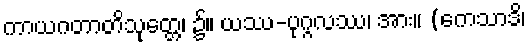
ကာယဂတာတိသုတ္တေ၊ ၌။ ယဿ-ပုဂ္ဂလဿ၊ အား။ (ကေသာဒိ၊